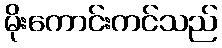
မိုးကောင်းကင်သည်